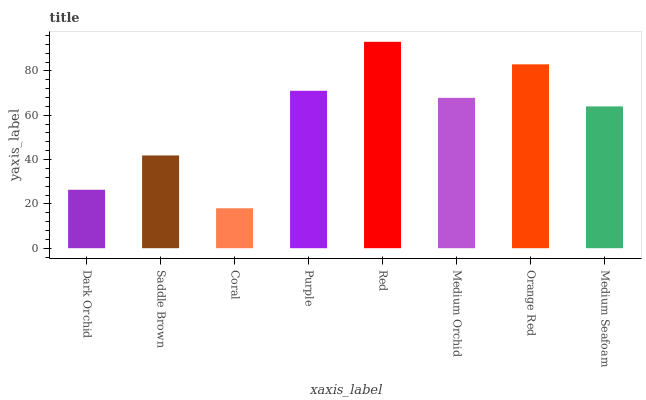
| xaxis_label | bars |
 | --- | --- |
 | Dark Orchid | 26.4 |
 | Saddle Brown | 41.9 |
 | Coral | 18 |
 | Purple | 71 |
 | Red | 93.2 |
 | Medium Orchid | 67.9 |
 | Orange Red | 83 |
 | Medium Seafoam | 64 |